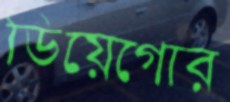
ডিয়েগোর